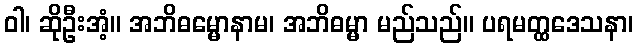
ဝါ၊ ဆိုဦးအံ့။ အဘိဓမ္မောနာမ၊ အဘိဓမ္မာ မည်သည်။ ပရမတ္ထဒေသနာ၊